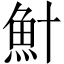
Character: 𫙏